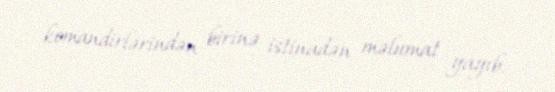
komandirlərindən birinə istinadən məlumat yayıb.